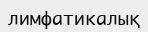
лимфатикалық